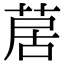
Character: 𦱅